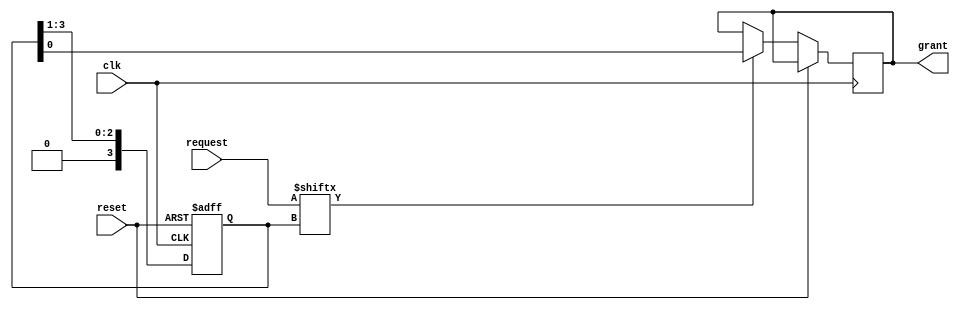
module round_robin_arbiter (
    input wire clk, // Clock input
    input wire reset, // Reset input
    input wire [N-1:0] request, // Request signals from competing inputs
    output wire grant // Output signal indicating which input is granted access
);

parameter N = 4; // Number of competing inputs

reg [N-1:0] grant_reg; // Register to store the granted input
reg [N-1:0] request_reg; // Register to store the request signals
reg [N-1:0] round_robin_counter; // Counter to keep track of the round-robin scheduling

always @(posedge clk or posedge reset) begin
    if (reset) begin
        grant_reg <= 0;
        request_reg <= 0;
        round_robin_counter <= 0;
    end else begin
        request_reg <= request;
        
        // Round-robin scheduling logic
        if (grant_reg == grant_reg[N-1:0]) begin
            grant_reg <= {1'b0, grant_reg[N-1:1]};
        end else begin
            grant_reg <= grant_reg << 1;
        end
        
        // Grant access to the input with a high request signal
        if (request[grant_reg] == 1'b1) begin
            grant <= grant_reg;
        end
    end
end

endmodule